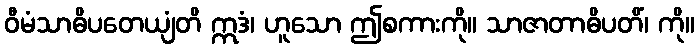
ဝီမံသာဓိပတေယျံတိ ဣဒံ၊ ဟူသော ဤစကားကို။ သာဇာတာဓိပတိံ၊ ကို။